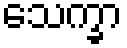
သေက္ခာ